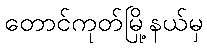
တောင်ကုတ်မြို့နယ်မှ